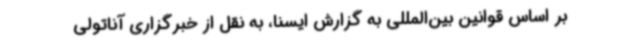
بر اساس قوانین بین‌المللی به گزارش ایسنا، به نقل از خبرگزاری آناتولی